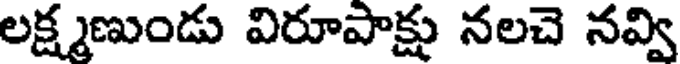
లక్ష్మణుండు విరూపాక్షు నలచె నవ్వి